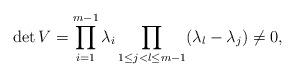
LaTeX: \begin{align*}\det V = \prod_{i=1}^{m-1} \lambda_i \prod_{1\leq j<l \leq m-1} (\lambda_l - \lambda_j) \neq 0,\end{align*}